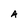
Character: A